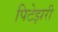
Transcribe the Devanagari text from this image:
पिटेझरी